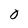
Character: 0